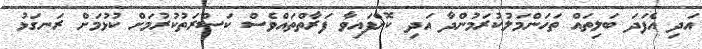
އަދި އެފަދަ ބަލިތައް ތަހަންމަލުކުރަމުންދާ އަދި ކޮށްފައިވާ ފަރާތްތައްވެސް ކަސްރަތުކުރުމަށް ކުޅުމަށް ރަނގަޅު